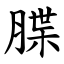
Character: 䐑